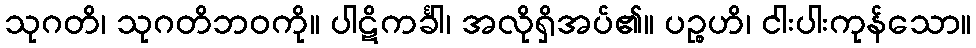
သုဂတိ၊ သုဂတိဘဝကို။ ပါဋိကင်္ခါ၊ အလိုရှိအပ်၏။ ပဉ္စဟိ၊ ငါးပါးကုန်သော။